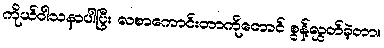
ကိုယ်ဝါသနာပါပြီး လစာကောင်းတာကိုတောင် စွန့်လွှတ်ခဲ့တာ။